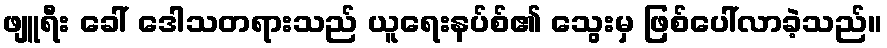
ဖျူရီး ခေါ် ဒေါသတရားသည် ယူရေးနပ်စ်၏ သွေးမှ ဖြစ်ပေါ်လာခဲ့သည်။